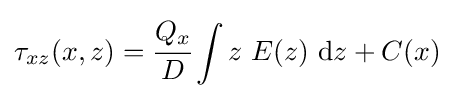
\tau _{xz}(x,z)={\cfrac {Q_{x}}{D}}\int z~E(z)~\mathrm {d} z+C(x)